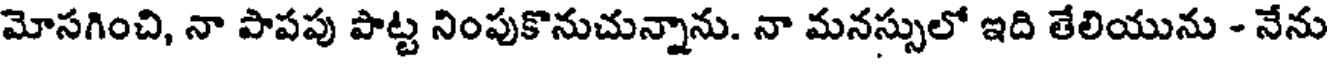
మోసగించి, నా పాపపు పొట్ట నింపుకొనుచున్నాను. నా మనస్సులో ఇది తేలియును - నేను